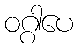
ဝဂ္ဂါပေ